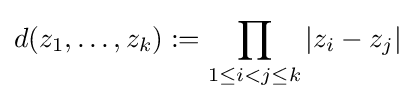
d(z_{1},\ldots ,z_{k}):=\prod _{1\leq i<j\leq k}|z_{i}-z_{j}|